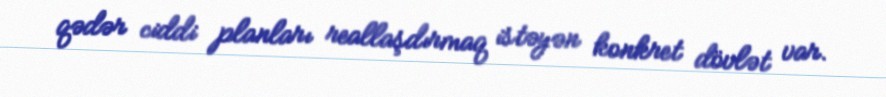
qədər ciddi planları reallaşdırmaq istəyən konkret dövlət var.